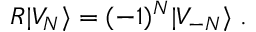
R \vert V _ { N } \rangle = ( - 1 ) ^ { N } \vert V _ { - N } \rangle \; .